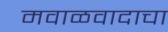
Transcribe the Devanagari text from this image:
मवाळवादाचा